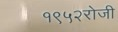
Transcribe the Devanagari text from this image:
१९५२रोजी